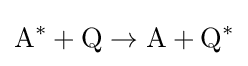
\mathrm {A} ^{*}+\mathrm {Q} \rightarrow \mathrm {A} +\mathrm {Q} ^{*}